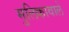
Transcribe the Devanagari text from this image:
मुलिकावाले